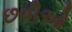
છવીઓ